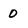
Character: 0